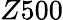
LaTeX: Z500